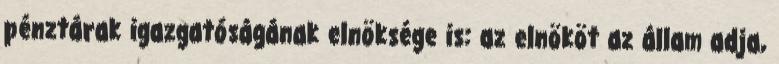
pénztárak igazgatóságának elnöksége is: az elnököt az állam adja,